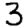
Digit: 3